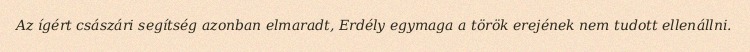
Az ígért császári segítség azonban elmaradt, Erdély egymaga a török erejének nem tudott ellenállni.